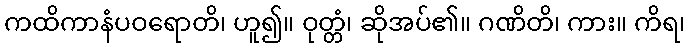
ကထိကာနံပဝရောတိ၊ ဟူ၍။ ဝုတ္တံ၊ ဆိုအပ်၏။ ဂဏိတိ၊ ကား။ ကိရ၊